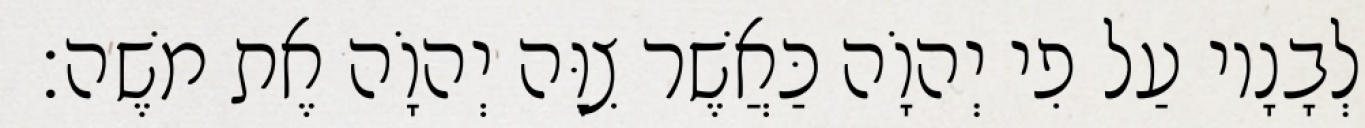
וּלְבָנָיו עַל פִי יְהוָֹה כַּאֲשֶׁר צִוָּה יְהוָֹה אֶת משֶׁה׃